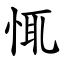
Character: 㤴